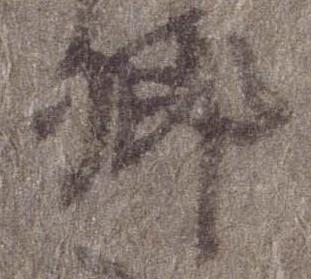
卿